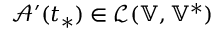
\mathcal { A } ^ { \prime } ( t _ { * } ) \in \mathcal { L } ( \mathbb { V } , \mathbb { V } ^ { * } )